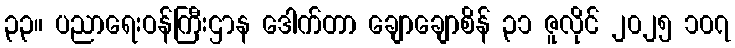
၃၃။ ပညာရေးဝန်ကြီးဌာန ဒေါက်တာ ချောချောစိန် ၃၁ ဇူလိုင် ၂၀၂၅ ၁၀၇